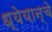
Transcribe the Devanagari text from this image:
ध्येयान्चे